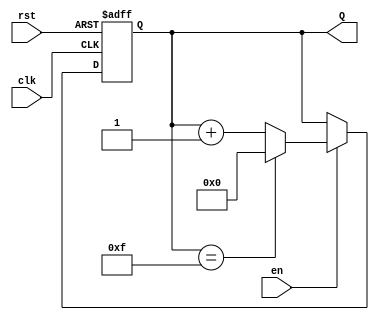
module binary_up_counter #(
    parameter n = 4  // Parameter for number of bits in the counter
)(
    input wire clk,      // Clock input
    input wire rst,      // Asynchronous reset input
    input wire en,       // Enable input
    output reg [n-1:0] Q // n-bit output
);

    // On each rising edge of the clock
    always @(posedge clk or posedge rst) begin
        if (rst) begin
            // If reset is high, set counter to 0
            Q <= 0;
        end else if (en) begin
            // If enable is high, increment the counter
            Q <= (Q == (1'b1 << n) - 1) ? 0 : Q + 1; // Wrap around
        end
        // If enable is low, retain current value (no else needed)
    end

endmodule